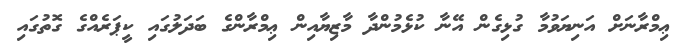
ޢިމްރާނަށް އަނިޔަވުމާ ގުޅިގެން އޭނާ ކުޅެމުންދާ މާޒިޔާއިން ޢިމްރާންގެ ބަދަލުގައި ކީޕަރެއްގެ ގޮތުގައި